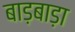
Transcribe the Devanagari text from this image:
बाड़बाड़ा